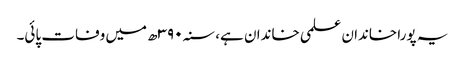
یہ پورا خاندان علمی خاندان ہے، سنہ ۳۹۰ھ میں وفات پائی۔